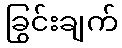
ခြွင်းချက်